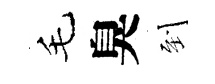
毛臭到